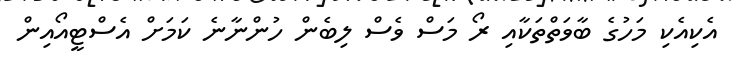
އެކިއެކި މަހުގެ ބާވަތްތަކާއި ރޯ މަސް ވެސް ލިބެން ހުންނާނެ ކަމަށް އެސްޓީއޯއިން